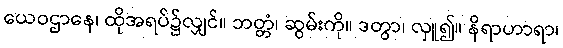
ယေဝဌာနေ၊ ထိုအရပ်၌လျှင်။ ဘတ္တံ၊ ဆွမ်းကို။ ဒတွာ၊ လှူ၍။ နိရာဟာရာ၊